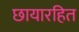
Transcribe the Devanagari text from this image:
छायारहित